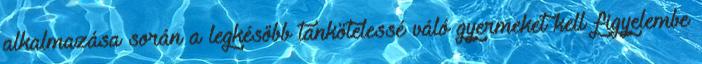
alkalmazása során a legkésőbb tankötelessé váló gyermeket kell figyelembe